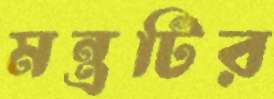
মন্ত্রটির